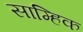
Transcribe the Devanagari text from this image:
साम्हिक